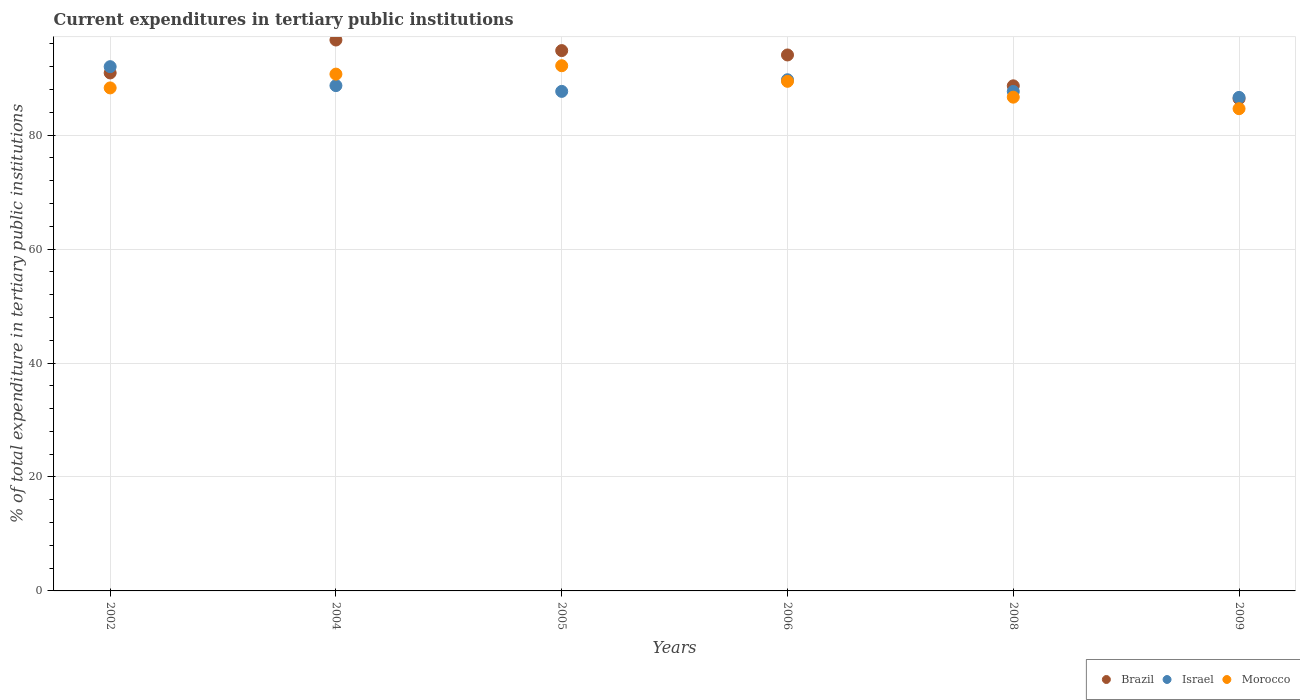
| Years | Brazil | Israel | Morocco |
 | --- | --- | --- | --- |
 | 2002 | 90.9 | 92 | 88.3 |
 | 2004 | 96.7 | 88.7 | 90.7 |
 | 2005 | 94.8 | 87.7 | 92.2 |
 | 2006 | 94.1 | 89.7 | 89.4 |
 | 2008 | 88.7 | 87.7 | 86.7 |
 | 2009 | 86.4 | 86.6 | 84.6 |